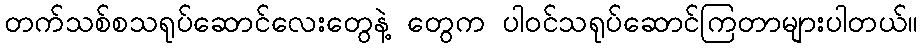
တက်သစ်စသရုပ်ဆောင်လေးတွေနဲ့ တွေက ပါဝင်သရုပ်ဆောင်ကြတာများပါတယ်။